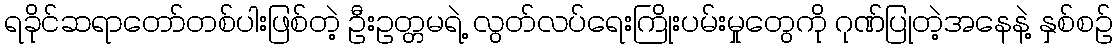
ရခိုင်ဆရာတော်တစ်ပါးဖြစ်တဲ့ ဦးဥတ္တမရဲ့ လွတ်လပ်ရေးကြိုးပမ်းမှုတွေကို ဂုဏ်ပြုတဲ့အနေနဲ့ နှစ်စဉ်